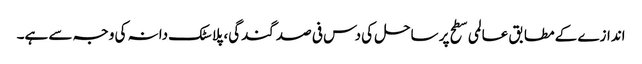
اندازے کے مطابق عالمی سطح پر ساحل کی دس فی صد گندگی، پلاسٹک دانہ کی وجہ سے ہے۔